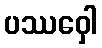
ပဿဝှေါ